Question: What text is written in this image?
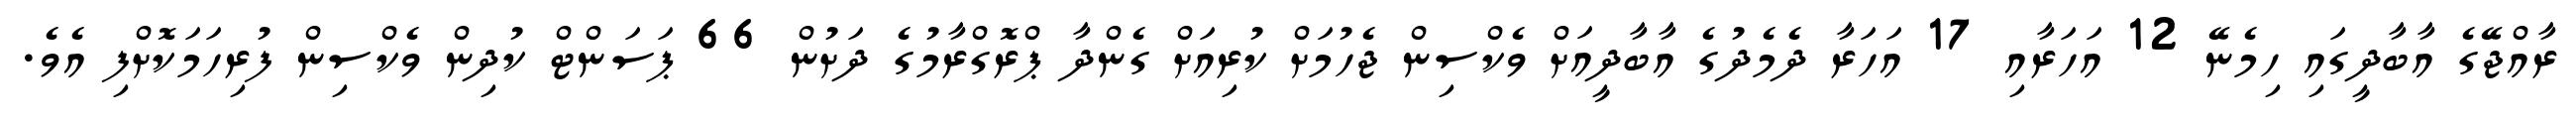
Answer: ރާއްޖޭގެ އާބާދީގައި ހިމެނޭ 12 އަހަރާއި 17 އަހަރާ ދެމެދުގެ އާބާދީއަށް ވެކްސިން ޖެހުމަށް ކުރިއަށް ގެންދާ ޕްރޮގްރާމުގެ ދަށުން 66 ޕަސަންޓް ކުދިން ވެކްސިން ފުރިހަމަކޮށްފި އެވެ.